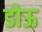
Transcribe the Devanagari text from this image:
डोऊ